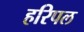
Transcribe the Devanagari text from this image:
हरिपल